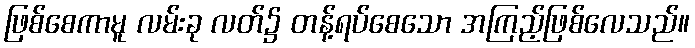
ဖြစ်စေကာမူ လမ်းခု လတ်၌ တန့်ရပ်စေသော အကြည့်ဖြစ်လေသည်။